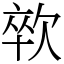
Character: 㰵